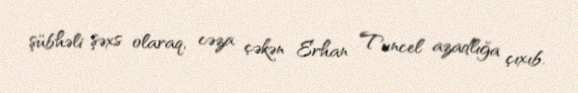
şübhəli şəxs olaraq, cəza çəkən Erhan Tuncel azadlığa çıxıb.